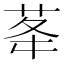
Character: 𦮔